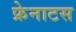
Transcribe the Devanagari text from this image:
फ्रेनाटस